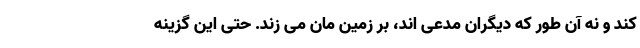
کند و نه آن طور که دیگران مدعی اند، بر زمین مان می زند. حتی این گزینه